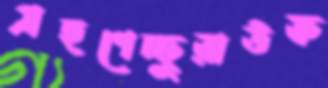
গ্রহণেচ্ছুরাউফ